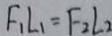
F _ { 1 } L _ { 1 } = F _ { 2 } L _ { 2 }